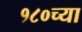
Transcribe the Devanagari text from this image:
१८०च्या